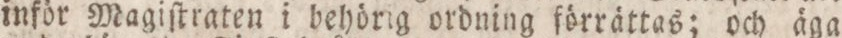
inför Magiſtraten i behörig ordning förrättas; och äga